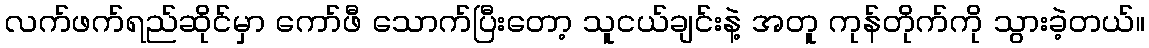
လက်ဖက်ရည်ဆိုင်မှာ ကော်ဖီ သောက်ပြီးတော့ သူငယ်ချင်းနဲ့ အတူ ကုန်တိုက်ကို သွားခဲ့တယ်။